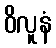
ဝိလူနံ